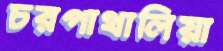
চরপাথালিয়া